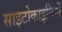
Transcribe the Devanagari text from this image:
साइटोकाइनिनों